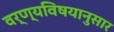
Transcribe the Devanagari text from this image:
वर्ण्यविषयानुसार